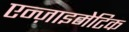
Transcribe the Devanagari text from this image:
एन्ज़ाइमेटिक